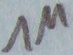
Text: 1M